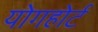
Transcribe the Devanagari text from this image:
योगहोर्ट